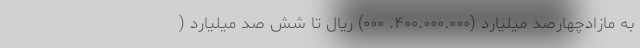
به مازادچهارصد میلیارد (۴۰۰.۰۰۰.۰۰۰. ۰۰۰) ریال تا شش صد میلیارد (